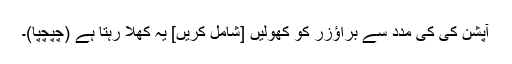
آپشن کی کی مدد سے براؤزر کو کھولیں [شامل کریں] یہ کھلا رہتا ہے (چپچپا)۔